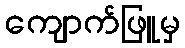
ကျောက်ဖြူမှ